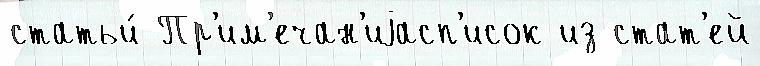
статьи́ Пр'им'ечан'иjасп'исок из стат'ей